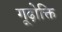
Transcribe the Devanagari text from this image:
गूढ़ोक्ति